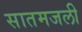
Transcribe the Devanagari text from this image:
सातमजली